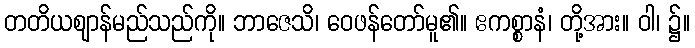
တတိယဈာန်မည်သည်ကို။ ဘာဇေသိ၊ ဝေဖန်တော်မူ၏။ ဧကစ္စာနံ၊ တို့အား။ ဝါ၊ ၌။